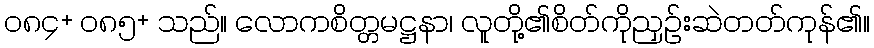
၀၈၄+ ၀၈၅+ သည်။ လောကစိတ္တမဋ္ဌနာ၊ လူတို့၏စိတ်ကိုညှဉ်းဆဲတတ်ကုန်၏။